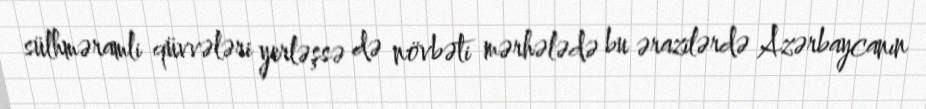
sülhməramli qüvvələri yerləşsə də növbəti mərhələdə bu ərazilərdə Azərbaycanın